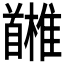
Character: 𩠳